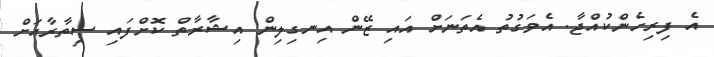
އެ ފިރިހެންކުއްޖާ. އެވަގުތު އެތަނަށް އައި ޒޭން އިނގިލިން އިޝާރާތް ކޮށްފައި ސިތާރާއަށް